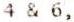
4 & 6,